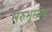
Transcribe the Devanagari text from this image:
मरुभूमीय